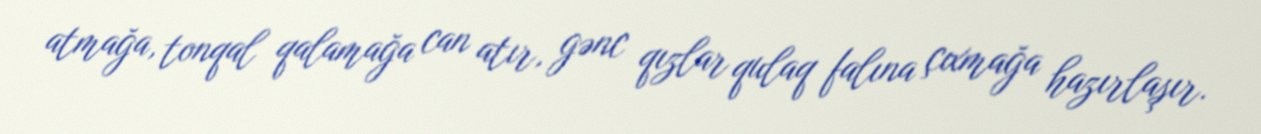
atmağa, tonqal qalamağa can atır, gənc qızlar qulaq falına çıxmağa hazırlaşır.